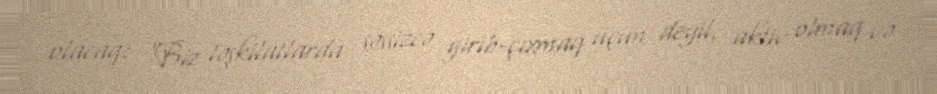
olacaq: "Biz təşkilatlarda səssizcə girib-çıxmaq üçün deyil, aktiv olmaq və